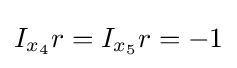
I_{x_{4}}r=I_{x_{5}}r=-1